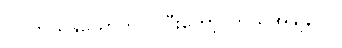
လူ ဘယ်နှယောက်လဲ၊ပြီးတော့၊ ဘယ်အချိန်လဲ။